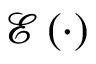
\mathcal { E } \left( \cdot \right)